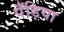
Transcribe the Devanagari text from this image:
पँड़िया